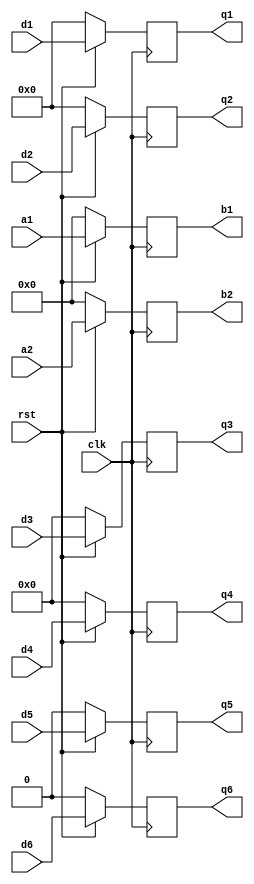
module dff_lvl_p2 (input [31:0]a1,input [31:0]a2,input [32:0]d1,input [32:0]d2,input [7:0]d3,input [7:0]d4,input d5,input d6,input rst,input clk,output reg [31:0] b1,output reg [31:0] b2,output reg [32:0] q1,output reg [32:0] q2,output reg [7:0] q3,output reg [7:0] q4,output reg q5,output reg q6);  
  
     always@(posedge clk )  
       if (!rst)  
       begin
          q1 <= 0;
          q2 <= 0;
          q3 <= 0;
          q4 <= 0;
          q5 <= 0;
          q6 <= 0;
          b1 <= 0;
          b2 <= 0; 
       end
       else  
       begin
          q1 <= d1;
          q2 <= d2;
          q3 <= d3;
          q4 <= d4;
          q5 <= d5;
          q6 <= d6;
          b1 <= a1;
          b2 <= a2;  

       end
endmodule  



module dff_lvl_p1 (input [32:1]a,input [32:1]b,input rst,input clk,output reg [31:0] c,output reg [31:0] d);  
  
    always@(posedge clk )  
       if (!rst)  
       begin
          c <= 0; 
          d <= 0; 
       end
       else  
       begin
          c <= a;  
          d <= b;
       end
endmodule 

module dff_lvl_p3 (input a,input [8:1]b,input [32:1]c,input rst,input clk,output reg [31:0] q);  
  
    always@(posedge clk )  
       if (!rst)  
       begin
          q <= 0; 
       end
       else  
       begin
          q[31]<=a;
          q[30:23]<=b;
          q[22:0]<=c[23:1];
       end
endmodule